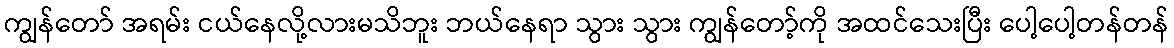
ကျွန်တော် အရမ်း ငယ်နေလို့လားမသိဘူး ဘယ်နေရာ သွား သွား ကျွန်တော့်ကို အထင်သေးပြီး ပေါ့ပေါ့တန်တန်